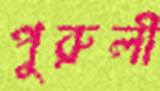
পুরুলী